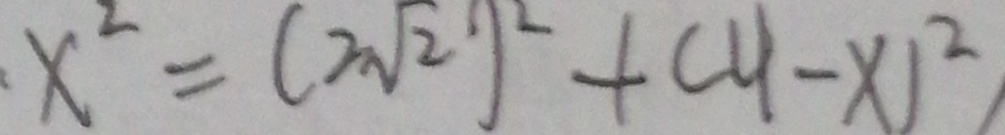
x ^ { 2 } = ( 2 \sqrt { 2 } ) ^ { 2 } + ( 4 - x ) ^ { 2 }